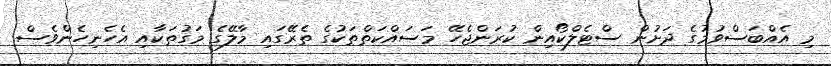
މި އެއްބަސްވުމުގެ ދަށުން ސްޓެލްކޯއިން ކުރަންޖެހޭ މަސައްކަތްތަކުގެ ތެރޭގައި މާލޭގެ މަގުތަކާއި އެހެނިހެންވެސް